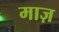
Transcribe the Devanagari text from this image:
माज़